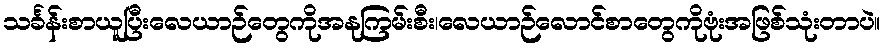
သင်္ခန်းစာယူပြီးလေယာဉ်တွေကိုအနုကြမ်းစီး၊လေယာဉ်လောင်စာတွေကိုဗုံးအဖြစ်သုံးတာပဲ။